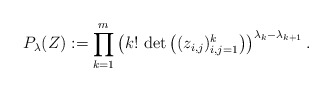
\begin{align*} P_{\lambda}(Z):= \prod_{k=1}^m \left( k! \, \det\left( (z_{i,j})_{i,j=1}^{k} \right) \right)^{\lambda_{k}-\lambda_{k+1}}.\end{align*}